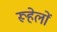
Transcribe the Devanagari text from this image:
रूहेलों